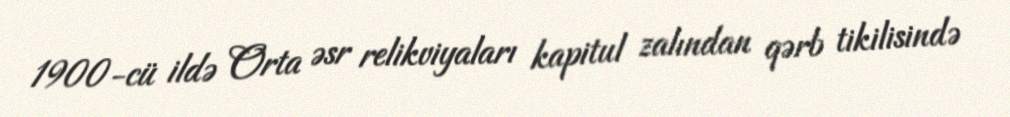
1900-cü ildə Orta əsr relikviyaları kapitul zalından qərb tikilisində